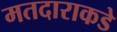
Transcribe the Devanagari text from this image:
मतदाराकडे